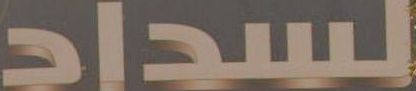
لسداد